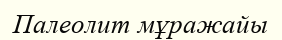
Палеолит мұражайы